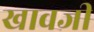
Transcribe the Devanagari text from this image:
खावजी